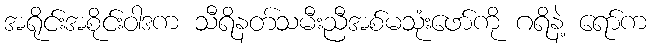
အရိုင်းအစိုင်းဝါဒက သီရိနတ်သမီးညီအစ်မသုံးဖော်ကို ဂရိနဲ့ ရော်က